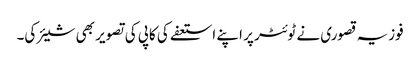
فوزیہ قصوری نے ٹوئٹر پر اپنے استعفے کی کاپی کی تصویر بھی شیئر کی۔